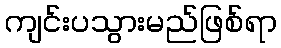
ကျင်းပသွားမည်ဖြစ်ရာ